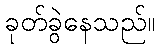
ခုတ်ခွဲနေသည်။